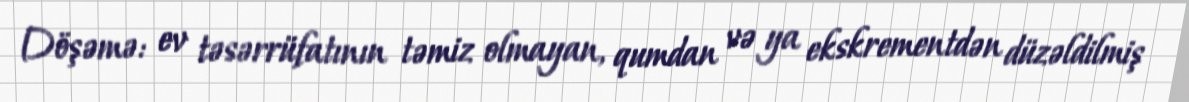
Döşəmə: ev təsərrüfatının təmiz olmayan, qumdan və ya ekskrementdən düzəldilmiş